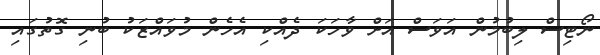
ނޯޓިސް ލިބުމުން އަވަސް އަށް ވާހަކަ ދެއްކި އެހެން މުވައްޒަކު ބުނި ގޮތުގައި